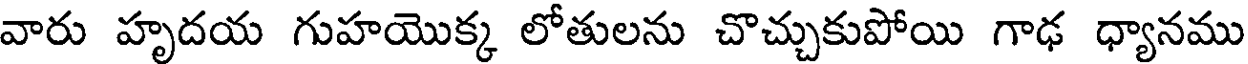
వారు హృదయ గుహయొక్క లోతులను చొచ్చుకుపోయి గాఢ ధ్యానము